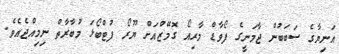
އަނިޔާގެ ސަބަބުން ޖާމަނީގެ ފޯވާޑް މާރިއޯ ގޮމޭޒްއަށް ޔޫރޯ ފުޓްބޯޅަ މުބާރާތް ނިމިއްޖެއެވެ.